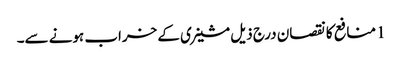
1 منافع کا نقصان درج ذیل مشینری کے خراب ہونے سے۔